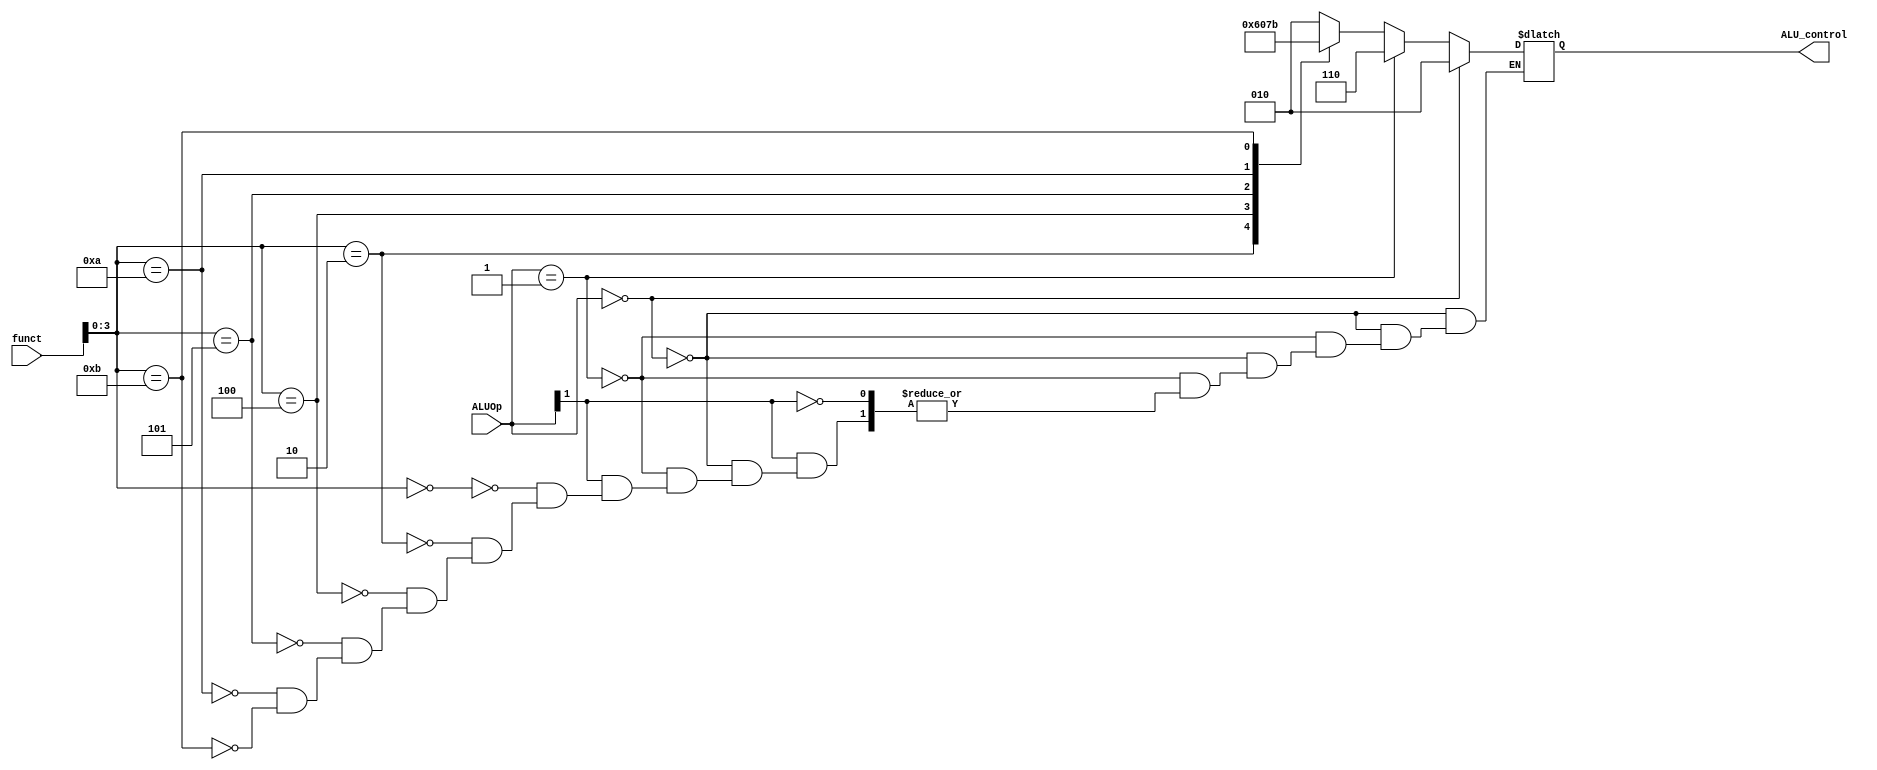
`timescale 1ns / 1ps

module ALU_control(
    input [1:0] ALUOp,
    input [5:0] funct,
    output reg [2:0] ALU_control
    );
always@(*)
begin
if(ALUOp == 2'b00) 
 
	ALU_control = 3'b010;
else if(ALUOp == 2'b01)
	ALU_control = 3'b110;
else if(ALUOp[1]) begin
	case(funct[3:0])
	4'b0000 : ALU_control = 3'b010;  //add
	4'b0010 : ALU_control = 3'b110;  //sub
	4'b0100 : ALU_control = 3'b000;  //and
	4'b0101 : ALU_control = 3'b001;  //or
	4'b1010 : ALU_control = 3'b111;  //sll
	4'b1011 : ALU_control = 3'b011;  //srl
	
	endcase
end
end
endmodule